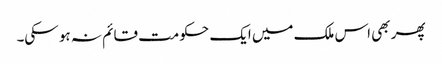
پھر بھی اس ملک میں ایک حکومت قائم نہ ہو سکی۔